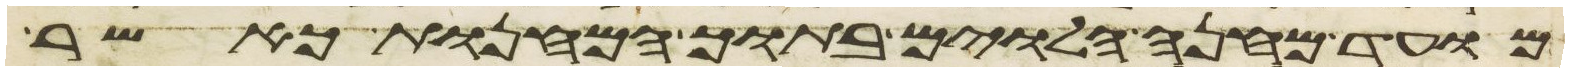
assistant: מועד מחנה הלוים בתוך המחנות כאשר